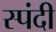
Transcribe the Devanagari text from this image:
स्पंदी